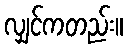
လျှင်ကတည်း။